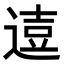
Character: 𨔦